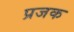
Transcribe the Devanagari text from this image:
प्रजक